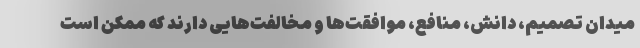
میدانِ تصمیم، دانش، منافع، موافقت‌ها و مخالفت‌هایی دارند که ممکن است